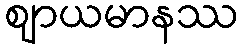
ဈာယမာနဿ